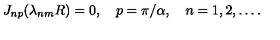
J _ { n p } ( \lambda _ { n m } R ) = 0 , \quad p = \pi / \alpha , \quad n = 1 , 2 , \ldots { . }